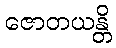
ဇောတယန္တိ